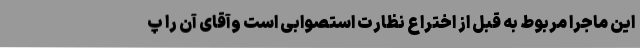
این ماجرا مربوط به قبل از اختراع نظارت استصوابی است وآقای آن را پ